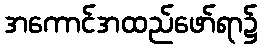
အကောင်အထည်ဖော်ရာ၌